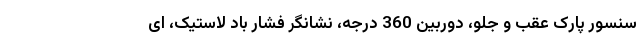
سنسور پارک عقب و جلو، دوربین 360 درجه، نشانگر فشار باد لاستیک، ای